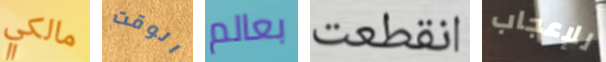
مالكي الوقت بعالم انقطعت للإعجاب